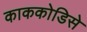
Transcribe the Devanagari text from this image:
काककोडिसे